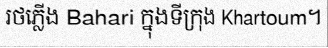
រថភ្លើង Bahari ក្នុងទីក្រុង Khartoum។